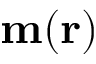
{ \bf { m } } ( { \bf { r } } )